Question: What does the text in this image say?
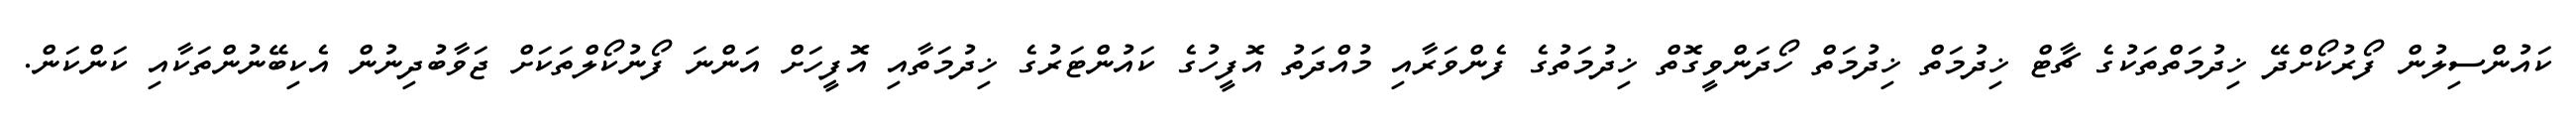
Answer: ކައުންސިލުން ފޯރުކޯށްދޭ ޚިދުމަތްތަކުގެ ޗާޓް ޚިދުމަތް ޚިދުމަތް ހޯދަންވީގޮތް ޚިދުމަތުގެ ފެންވަރާއި މުއްދަތު އޮފީހުގެ ކައުންޓަރުގެ ޚިދުމަތާއި އޮފީހަށް އަންނަ ފޯނުކޯލްތަކަށް ޖަވާބުދިނުން އެކިބޭނުންތަކާއި ކަންކަން.